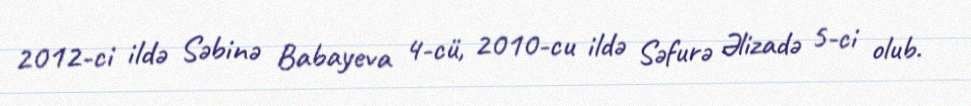
2012-ci ildə Səbinə Babayeva 4-cü, 2010-cu ildə Səfurə Əlizadə 5-ci olub.